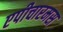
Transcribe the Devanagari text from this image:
एपीचारमस